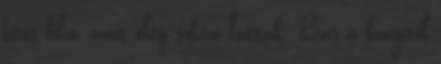
híres film, amit elég sokan láttak. Bár a könyvtől